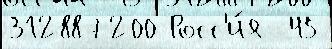
312887200 Росс'и́я  45